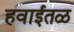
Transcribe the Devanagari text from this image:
हवाईतळ